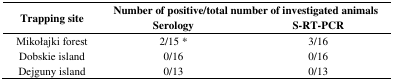
<table><thead><tr><td rowspan="2"><b>Trapping site</b></td><td colspan="2"><b>Number of positive/total number of investigated animals</b></td></tr><tr><td><b>Serology</b></td><td><b>S-RT-PCR</b></td></tr></thead><tbody><tr><td>Mikołajki forest</td><td>2/15 *</td><td>3/16</td></tr><tr><td>Dobskie island</td><td>0/16</td><td>0/16</td></tr><tr><td>Dejguny island</td><td>0/13</td><td>0/13</td></tr></tbody></table>